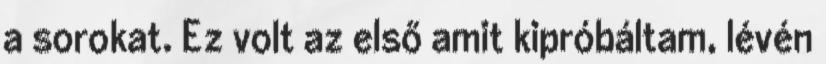
a sorokat. Ez volt az első amit kipróbáltam, lévén